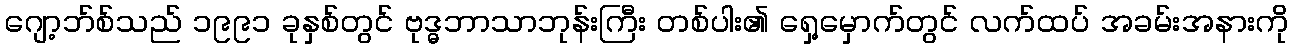
ဂျော့ဘ်စ်သည် ၁၉၉၁ ခုနှစ်တွင် ဗုဒ္ဓဘာသာဘုန်းကြီး တစ်ပါး၏ ရှေ့မှောက်တွင် လက်ထပ် အခမ်းအနားကို